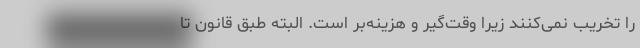
را تخریب نمی‌کنند زیرا وقت‌گیر و هزینه‌بر است. البته طبق قانون تا